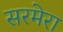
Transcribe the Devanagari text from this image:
सरमेरा